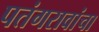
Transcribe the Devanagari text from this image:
पतंगरावांचा